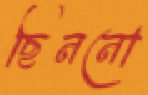
ছিননো